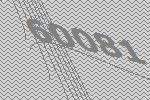
60081